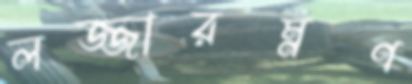
লজ্জারম্নণ